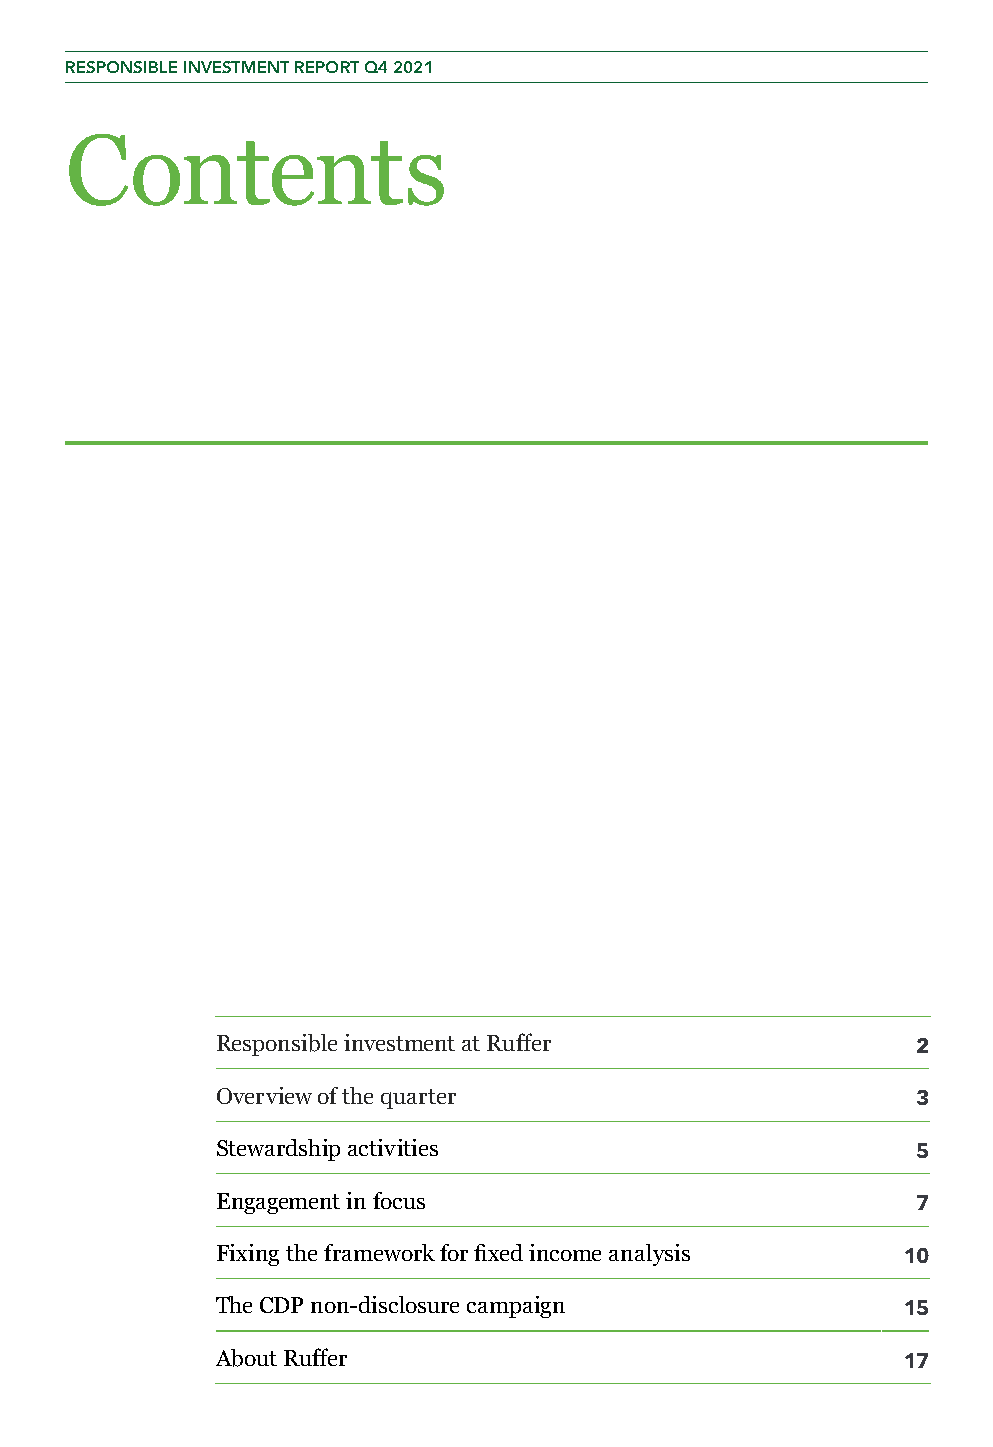
RESPONSIBLE INVESTMENT REPORT Q4 2021
 Contents
 Responsible investment at Ruffer
 2
 Overview of the quarter
 3
 Stewardship activities
 5
 Engagement in focus
 7
 Fixing the framework for fixed income analysis
 10
 The CDP non-disclosure campaign
 15
 About Ruffer
 17